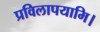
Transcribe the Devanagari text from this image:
प्रविलापयामि।